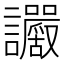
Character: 𧮜